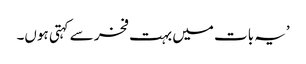
’یہ بات میں بہت فخر سے کہتی ہوں۔